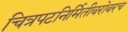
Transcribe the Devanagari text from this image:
चित्रपटनिर्मितीबरोबरच